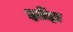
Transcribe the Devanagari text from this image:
झोंझ